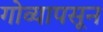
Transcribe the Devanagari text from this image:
गोव्यापसून